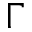
\Gamma